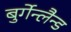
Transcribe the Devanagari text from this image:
बुर्गेन्लैन्ड